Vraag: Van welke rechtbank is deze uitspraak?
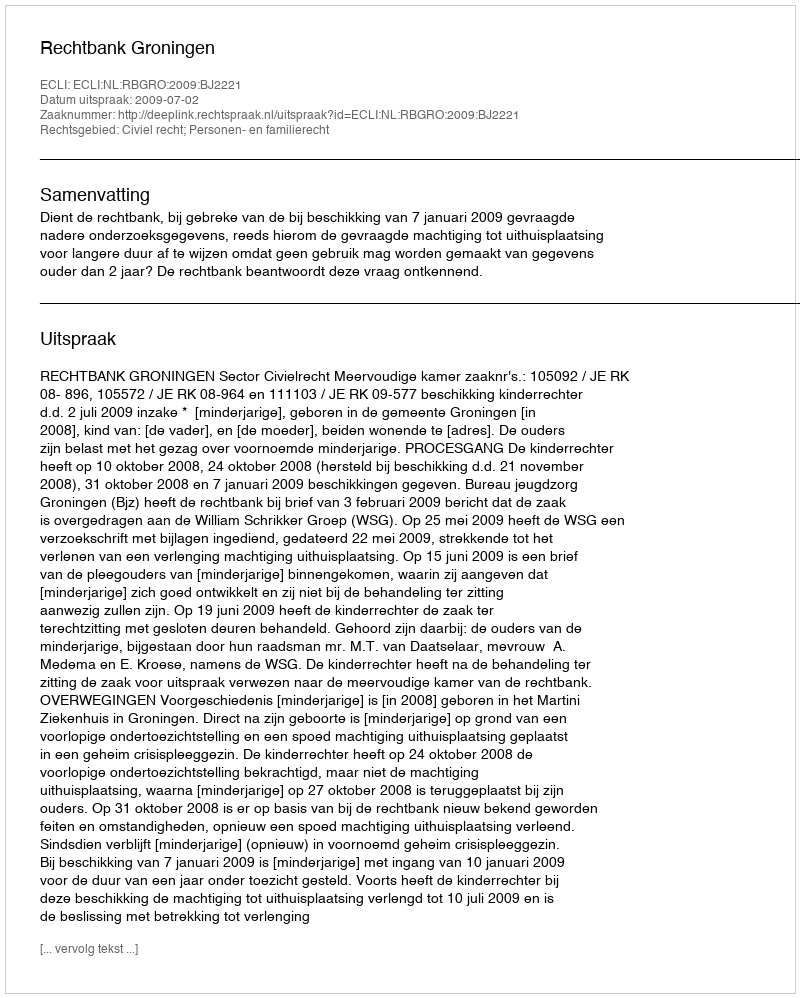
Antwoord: Rechtbank Groningen